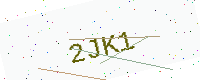
Text: 2JK1